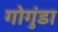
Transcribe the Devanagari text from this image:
गोगुंडा